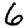
Digit: 6